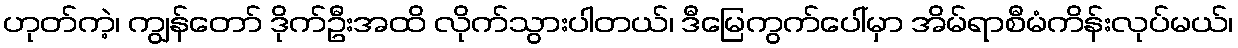
ဟုတ်ကဲ့၊ ကျွန်တော် ဒိုက်ဦးအထိ လိုက်သွားပါတယ်၊ ဒီမြေကွက်ပေါ်မှာ အိမ်ရာစီမံကိန်းလုပ်မယ်၊